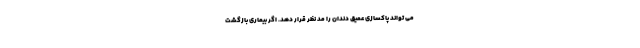
می تواند پاکسازی عمیق دندان را مد نظر قرار دهد. اگر بیماری بازگشت